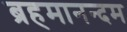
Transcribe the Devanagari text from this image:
ब्रहमानन्दम